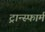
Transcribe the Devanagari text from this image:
ट्रान्स्फार्म